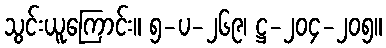
သွင်းယူကြောင်း။ ၅-ပ-၂၆၉၊ ဋ္ဌ-၂၀၄-၂၀၅။